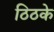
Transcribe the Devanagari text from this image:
ठिठके